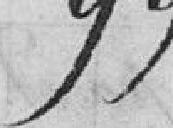
99